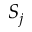
S _ { j }